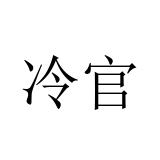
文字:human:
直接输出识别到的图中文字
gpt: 冷官